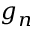
g _ { n }